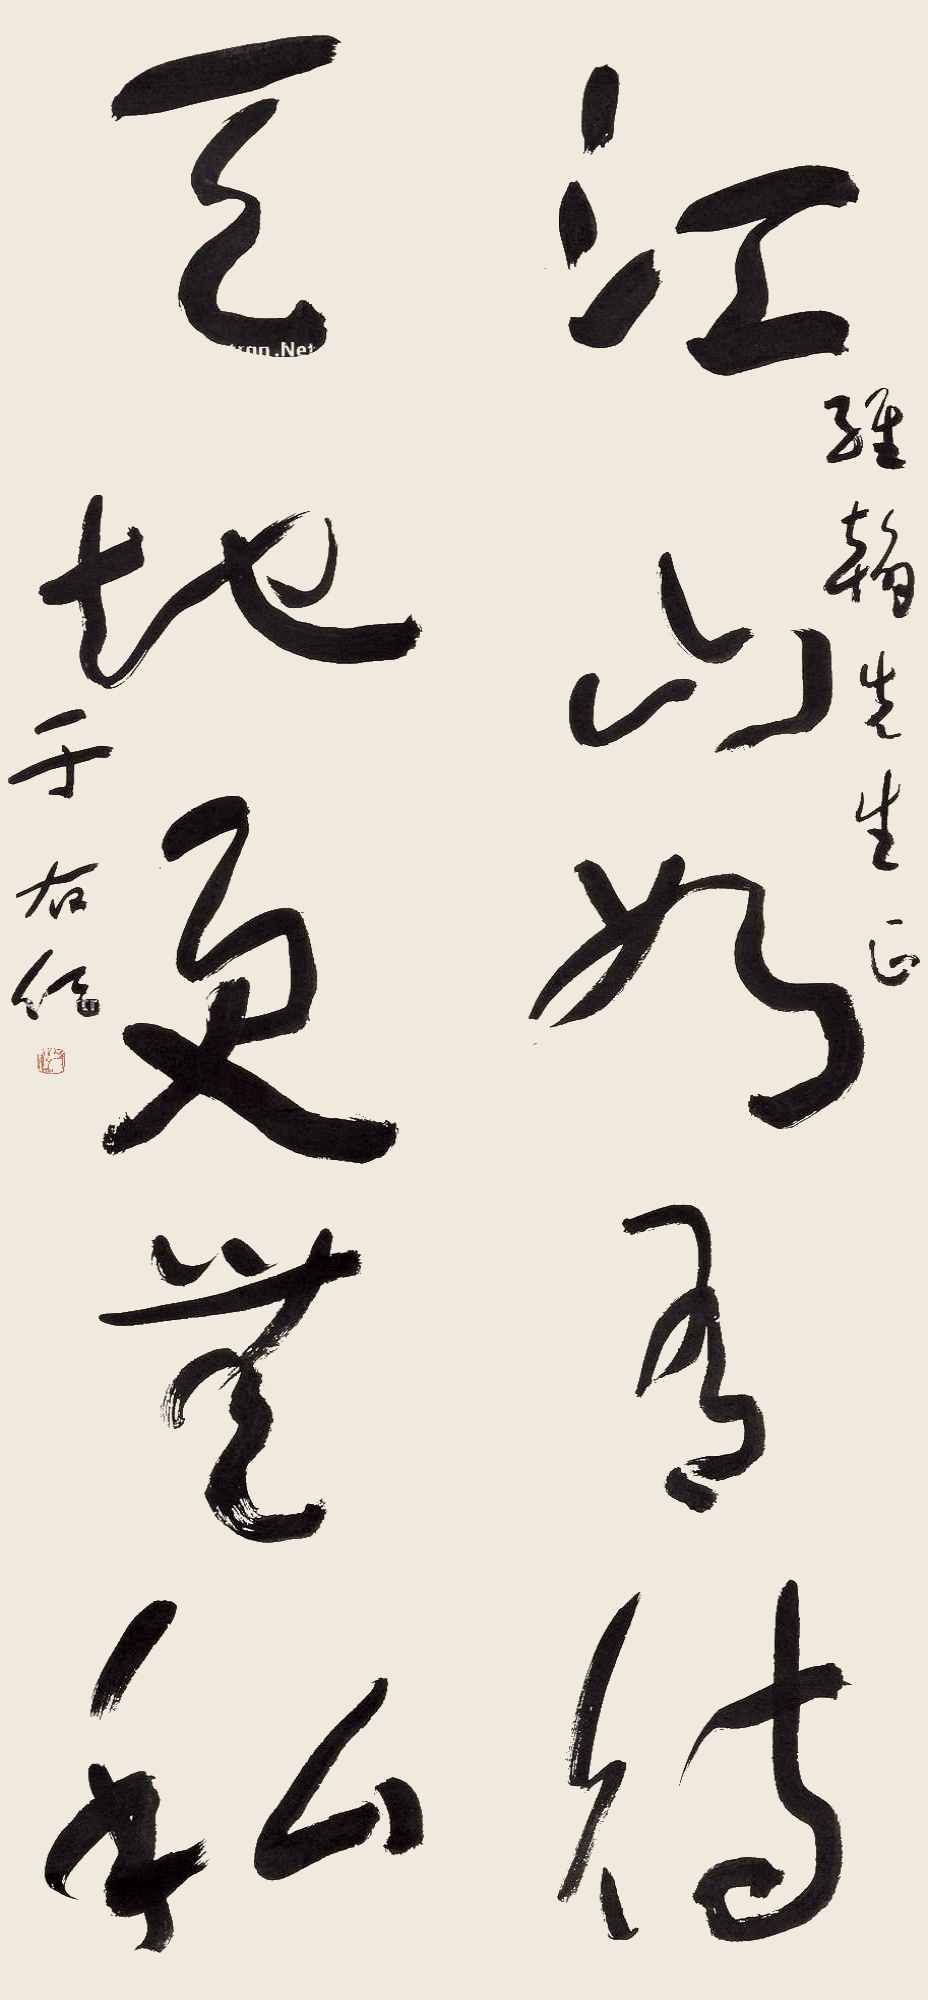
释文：江山如有待，天地更无私。维翰先生正，于右任。